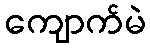
ကျောက်မဲ